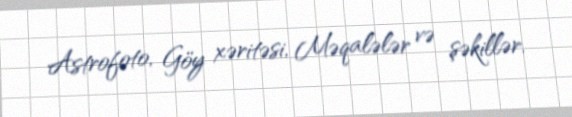
Astrofoto, Göy xəritəsi, Məqalələr və şəkillər.